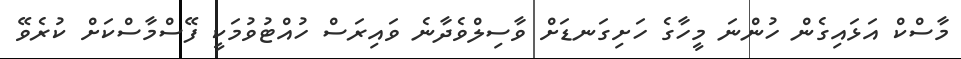
މާސްކް އަޅައިގެން ހުންނަ މީހާގެ ހަށިގަނޑަށް ވާސިލްވެދާނެ ވައިރަސް ހުއްޓުވުމަކީ ފޭސްމާސްކަށް ކުރެވޭ